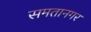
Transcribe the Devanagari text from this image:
समतानगर